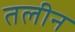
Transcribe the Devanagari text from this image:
तलीन